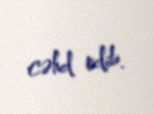
cəhd edib.